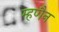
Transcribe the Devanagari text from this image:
म्हणैन